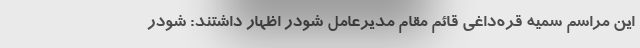
این مراسم سمیه قره‌داغی قائم مقام مدیرعامل شودر اظهار داشتند: شودر